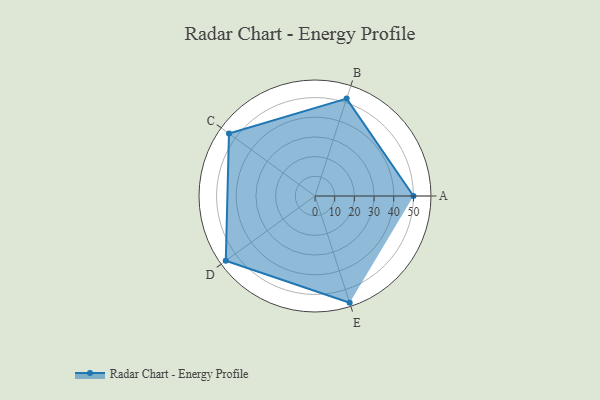
{"axis": {"x": "Skill", "y": "Score"}, "legend": ["Profile"], "data": [{"x": "A", "y": 50.0, "type": "Profile"}, {"x": "B", "y": 52.0, "type": "Profile"}, {"x": "C", "y": 54.0, "type": "Profile"}, {"x": "D", "y": 56.0, "type": "Profile"}, {"x": "E", "y": 57.0, "type": "Profile"}]}